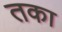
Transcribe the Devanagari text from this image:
तका